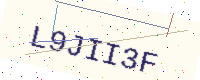
Text: L9JII3F